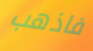
فاذهب